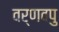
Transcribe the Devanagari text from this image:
वर्णवपु